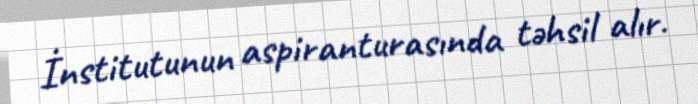
İnstitutunun aspiranturasında təhsil alır.